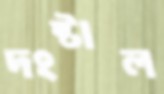
দংষ্টাল